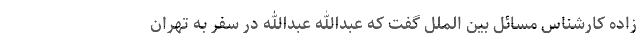
زاده کارشناس مسائل بین الملل گفت که عبدالله عبدالله در سفر به تهران